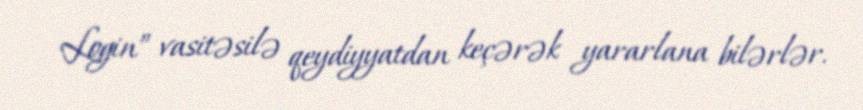
Login” vasitəsilə qeydiyyatdan keçərək yararlana bilərlər.